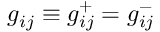
g _ { i j } \equiv g _ { i j } ^ { + } = g _ { i j } ^ { - }